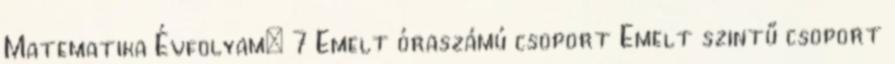
Matematika Évfolyam: 7 Emelt óraszámú csoport Emelt szintű csoport